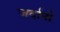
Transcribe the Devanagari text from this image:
जर्दानो